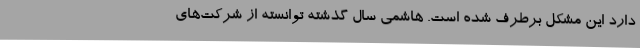
دارد این مشکل برطرف شده است. هاشمی سال گذشته توانسته از شرکت‌های